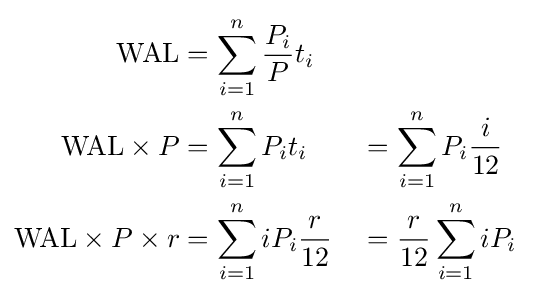
{\begin{aligned}{\text{WAL}}&=\sum _{i=1}^{n}{\frac {P_{i}}{P}}t_{i}\\{\text{WAL}}\times P&=\sum _{i=1}^{n}P_{i}t_{i}&&=\sum _{i=1}^{n}P_{i}{\frac {i}{12}}\\{\text{WAL}}\times P\times r&=\sum _{i=1}^{n}iP_{i}{\frac {r}{12}}&&={\frac {r}{12}}\sum _{i=1}^{n}iP_{i}\end{aligned}}